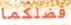
فضلكما